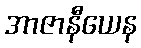
အာဇာနီယေန